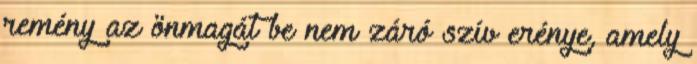
remény az önmagát be nem záró szív erénye, amely